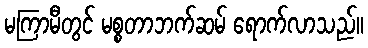
မကြာမီတွင် မစ္စတာဘက်ဆမ် ရောက်လာသည်။